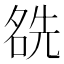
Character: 𠸛